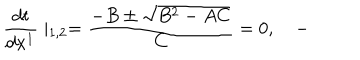
\frac { d t } { d x ^ { 1 } } \mid _ { 1 , 2 } = \frac { - B \pm \sqrt { B ^ { 2 } - A C } } C = 0 , \quad -